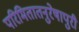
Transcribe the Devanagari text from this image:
परिमितातनुरेषापुरी